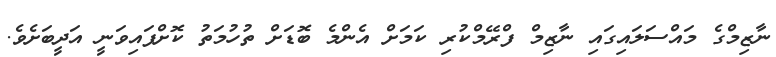
ނާޒިމްގެ މައްސަލައިގައި ނާޒިމް ފްރޭމްކުރި ކަމަށް އެންމެ ބޮޑަށް ތުހުމަތު ކޮށްފައިވަނީ އަދީބަށެވެ.